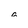
Character: a